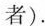
者).